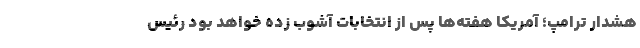
هشدار ترامپ؛ آمریکا هفته‌ها پس از انتخابات آشوب زده خواهد بود رئیس